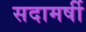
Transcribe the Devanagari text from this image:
सदामर्षी